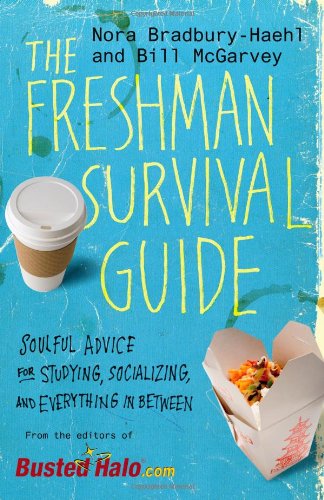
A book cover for The Freshman Survival Guide: Soulful Advice for Studying, Socializing, and Everything In Between; Nora Bradbury-Haehl; Education & Teaching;